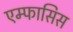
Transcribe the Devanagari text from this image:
एम्फासिस